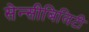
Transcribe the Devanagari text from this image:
सेन्सीबिलिटी